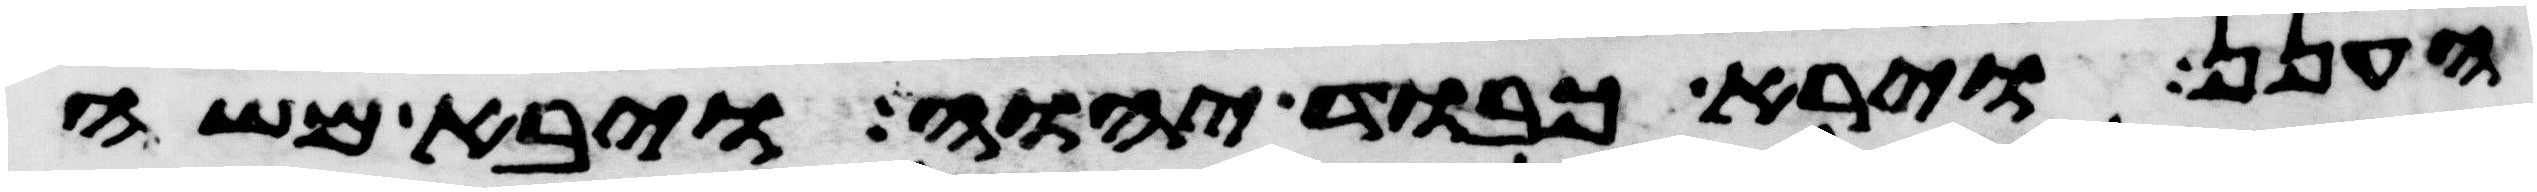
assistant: הענן ויראה כבוד יהוה ויבא משה